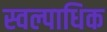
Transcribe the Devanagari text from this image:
स्वल्पाधिक